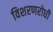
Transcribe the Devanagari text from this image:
विशरणरोधी